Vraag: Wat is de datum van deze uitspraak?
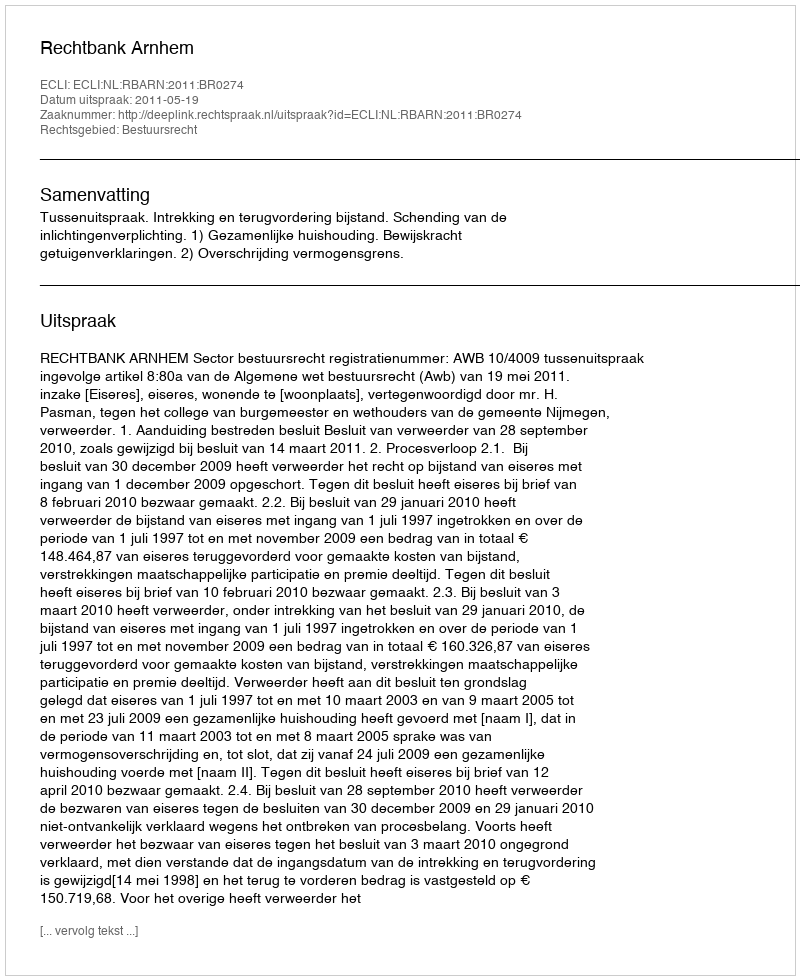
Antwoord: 2011-05-19